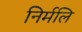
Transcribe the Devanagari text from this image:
निर्मलि